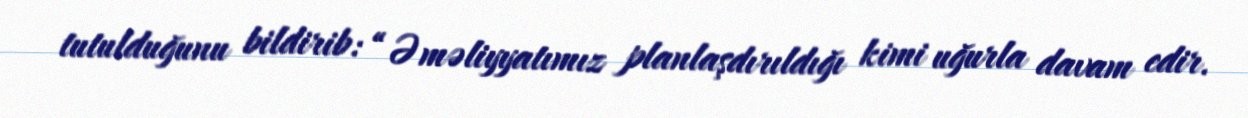
tutulduğunu bildirib: “Əməliyyatımız planlaşdırıldığı kimi uğurla davam edir.